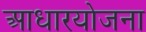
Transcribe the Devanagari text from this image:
आधारयोजना